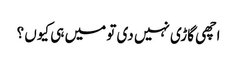
اچھی گاڑی نہیں دی تو میں ہی کیوں ؟